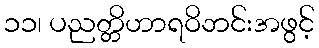
၁၁၊ ပညတ္တိဟာရဝိဘင်းအဖွင့်